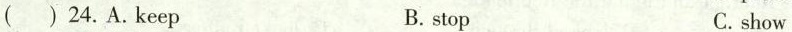
（）24.A.Keep B. stop C.show